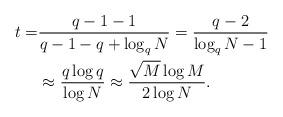
LaTeX: \begin{align*}t =& \frac{q-1-1}{q-1-q+\log_q{N}} = \frac{q-2}{\log_q{N}-1} \\& \approx \frac{q\log q}{\log N} \approx \frac{\sqrt{M}\log M}{2\log N}.\end{align*}